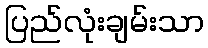
ပြည်လုံးချမ်းသာ